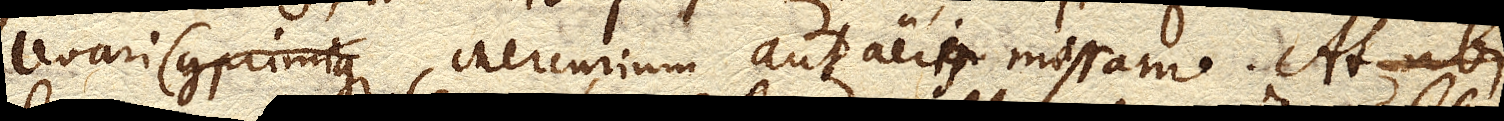
levari (comprimique,) Mercurium aut aeris massam. At ubi